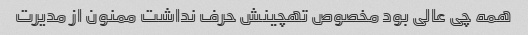
همه چی عالی بود مخصوص تهچینش حرف نداشت ممنون از مدیرت